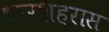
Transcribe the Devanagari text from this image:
धारशहरास